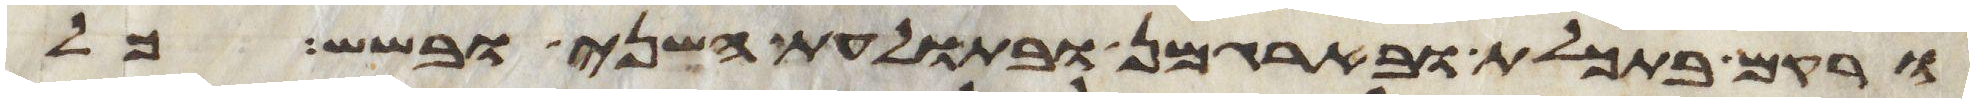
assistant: ורקם בתכלת ובארגמן ובתולעת השני ובשש כל